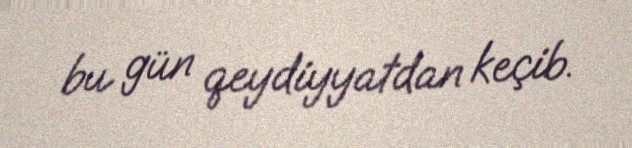
bu gün qeydiyyatdan keçib.